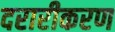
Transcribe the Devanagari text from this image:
दरारीकरण